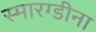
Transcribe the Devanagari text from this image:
स्मारग्डीना